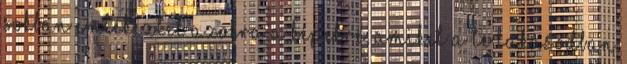
sokban emlékeztet azokra a képekre, amiket a te lakásodban